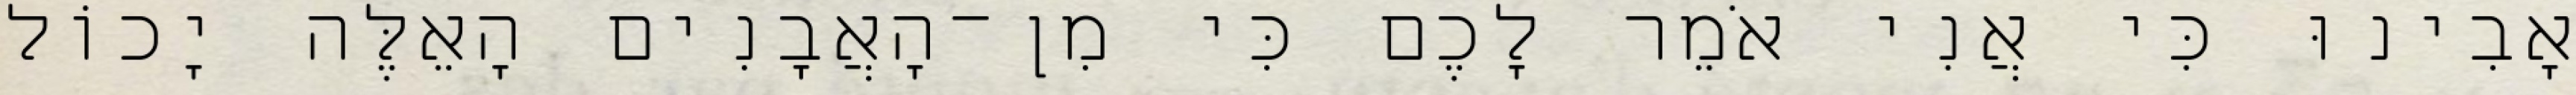
אָבִינוּ כִּי אֲנִי אֹמֵר לָכֶם כִּי מִן־הָאֲבָנִים הָאֵלֶּה יָכוֹל